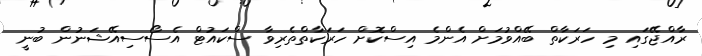
ރާއްޖޭގައި މި ހަރަކާތް ބޭއްވުމަށް އެންމެ އިސްކޮށް ހަރަކާތްތެރިވާ ސްކައުޓް އެސޯސިއޭޝަނުން ބުނީ